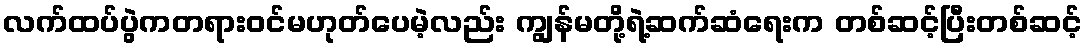
လက်ထပ်ပွဲကတရားဝင်မဟုတ်ပေမဲ့လည်း ကျွန်မတို့ရဲ့ဆက်ဆံရေးက တစ်ဆင့်ပြီးတစ်ဆင့်